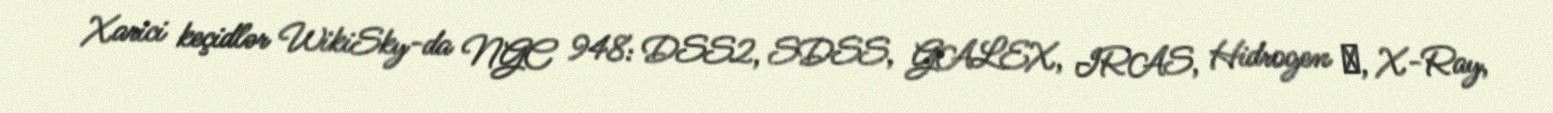
Xarici keçidlər WikiSky-da NGC 948: DSS2, SDSS, GALEX, IRAS, Hidrogen α, X-Ray,